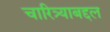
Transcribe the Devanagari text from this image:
चारित्र्याबद्दल